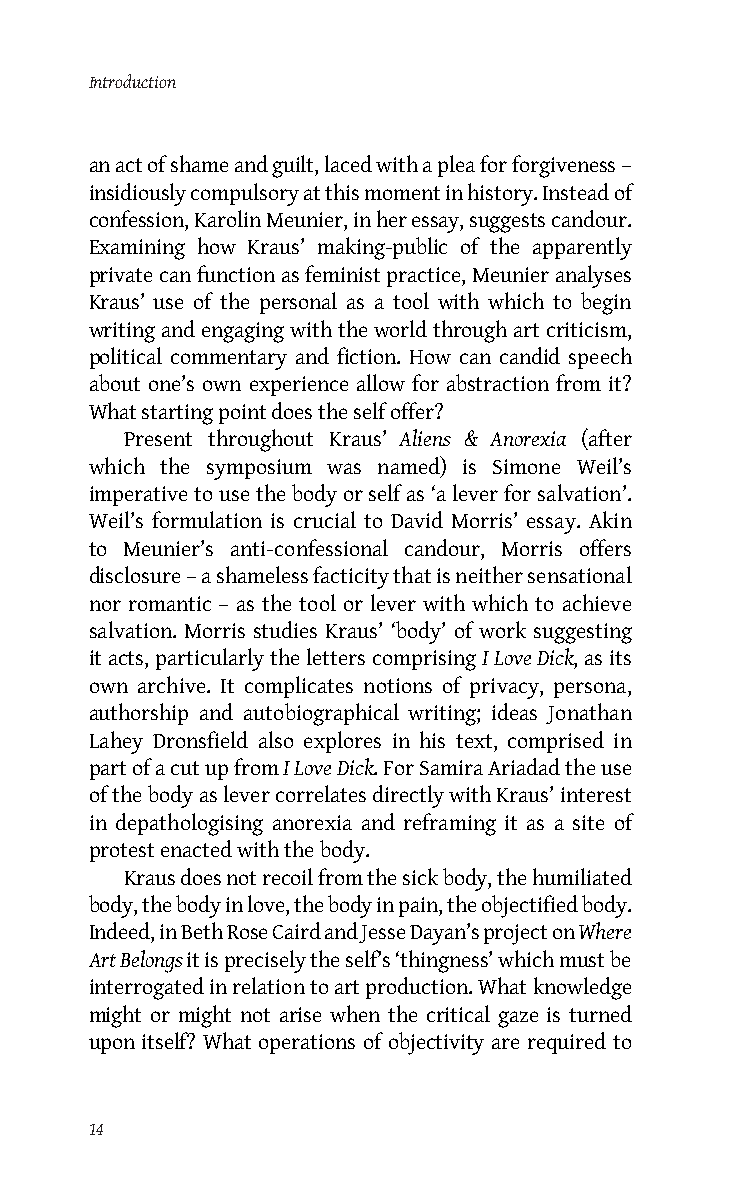
Introduction
 an act of shame and guilt, laced with a plea for forgiveness –
 insidiously compulsory at this moment in history. Instead of
 confession, Karolin Meunier, in her essay, suggests candour.
 Examining how Kraus’ making-public of the apparently
 private can function as feminist practice, Meunier analyses
 Kraus’ use of the personal as a tool with which to begin
 writing and engaging with the world through art criticism,
 political commentary and fiction. How can candid speech
 about one’s own experience allow for abstraction from it?
 What starting point does the self offer?
 Present throughout Kraus’ Aliens & Anorexia (after
 which the symposium was named) is Simone Weil’s
 imperative to use the body or self as ‘a lever for salvation’.
 Weil’s formulation is crucial to David Morris’ essay. Akin
 to Meunier’s anti-confessional candour, Morris offers
 disclosure – a shameless facticity that is neither sensational
 nor romantic – as the tool or lever with which to achieve
 salvation. Morris studies Kraus’ ‘body’ of work suggesting
 it acts, particularly the letters comprising I Love Dick, as its
 own archive. It complicates notions of privacy, persona,
 authorship and autobiographical writing; ideas Jonathan
 Lahey Dronsfield also explores in his text, comprised in
 part of a cut up from I Love Dick. For Samira Ariadad the use
 of the body as lever correlates directly with Kraus’ interest
 in depathologising anorexia and reframing it as a site of
 protest enacted with the body.
 Kraus does not recoil from the sick body, the humiliated
 body, the body in love, the body in pain, the objectified body.
 Indeed, in Beth Rose Caird and Jesse Dayan’s project on Where
 Art Belongs it is precisely the self’s ‘thingness’ which must be
 interrogated in relation to art production. What knowledge
 might or might not arise when the critical gaze is turned
 upon itself? What operations of objectivity are required to
 14